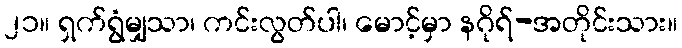
၂၁။ ရှက်ရွံမျှသာ၊ ကင်းလွတ်ပါ၊ မောင့်မှာ နဂိုရ်-အတိုင်းသား။